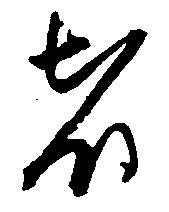
者